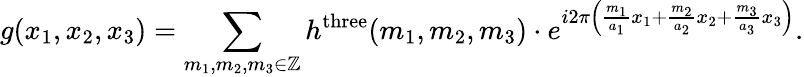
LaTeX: g(x_{1},x_{2},x_{3})=\sum_{m_{1},m_{2},m_{3}\in\mathbb{Z}}h^{\mathrm{three}}(m_{1},m_{2},m_{3})\cdot e^{i2\pi\left({\frac{m_{1}}{a_{1}}}x_{1}+{\frac{m_{2}}{a_{2}}}x_{2}+{\frac{m_{3}}{a_{3}}}x_{3}\right)}.